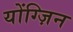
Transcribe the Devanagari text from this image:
योंग्ज़िन